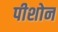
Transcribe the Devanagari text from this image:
पीशोन